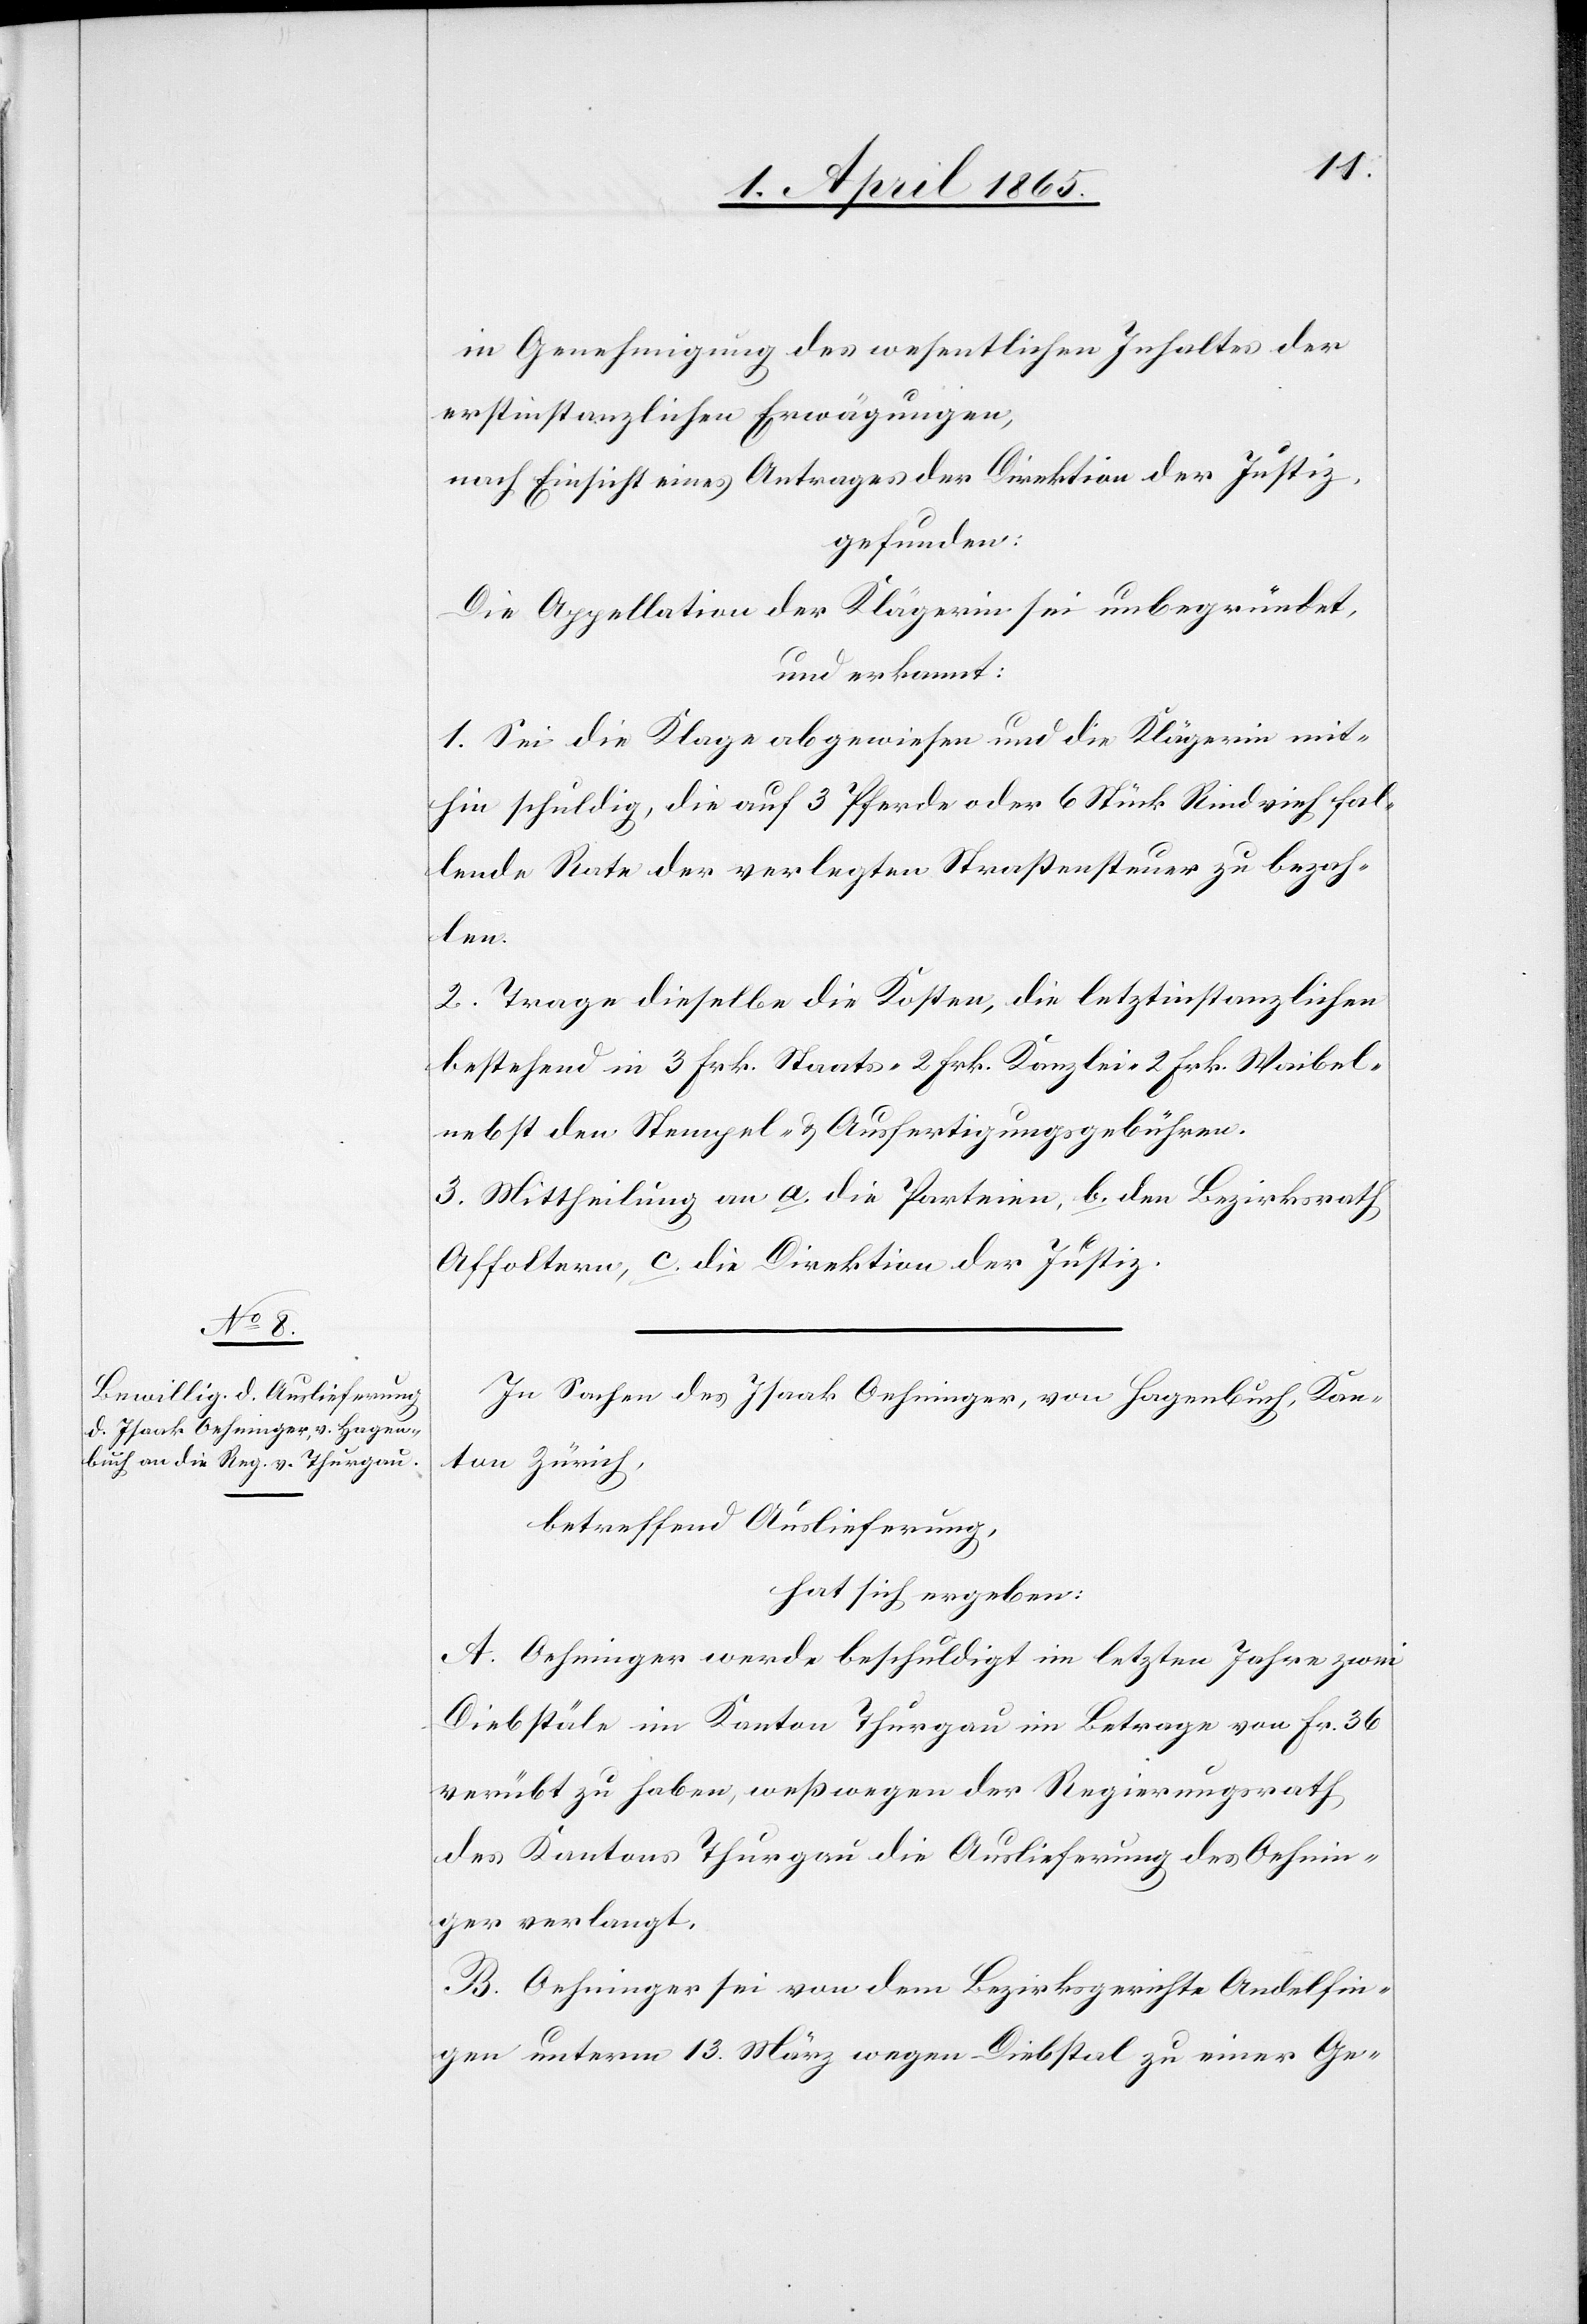
in Genehmigung des wesentlichen Inhaltes der
erstinstanzlichen Erwägungen,
nach Einsicht eines Antrages der Direktion der Justiz,
gefunden:
Die Appellation der Klägerin sei unbegründet,
und erkannt:
1. Sei die Klage abgewiesen und die Klägerin mit¬
hin schuldig, die auf 3 Pferde oder 6 Stück Rindvieh fal¬
lende Rate der verlegten Straßensteuer zu bezah¬
len.
2. Trage dieselbe die Kosten, die letztinstanzlichen
bestehend in 3 Frk. Staats-[,] 2 Frk. Kanzlei-[,] 2 Frk. Waibel-
nebst den Stempel- & Ausfertigungsgebühren.
3. Mittheilung an a. die Parteien, b. den Bezirksrath
Affoltern, c. die Direktion der Justiz.
In Sachen des Isaak Oehninger, von Hagenbuch, Kan¬
ton Zürich,
betreffend Auslieferung
hat sich ergeben:
A. Oehninger werde beschuldigt im letzten Jahre zwei
Diebstäle im Kanton Thurgau im Betrage von Fr. 36
verübt zu haben, weßwegen der Regierungsrath
des Kantons Thurgau die Auslieferung des Oehnin¬
ger verlangt.
B. Oehninger sei von dem Bezirksgerichte Andelfin¬
gen unterm 13. März wegen Diebstal zu einer Ge-